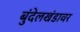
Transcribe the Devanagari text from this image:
बुंदेलखंडावर